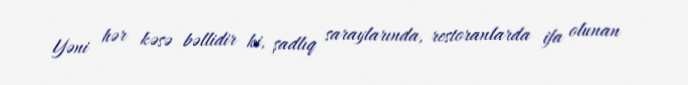
Yəni hər kəsə bəllidir ki, şadlıq saraylarında, restoranlarda ifa olunan